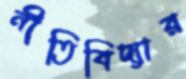
নীতিবিদ্যার